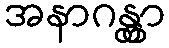
အနာဂန္တွာ